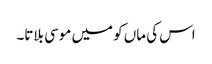
اس کی ماں کو میں موسی بلاتا۔